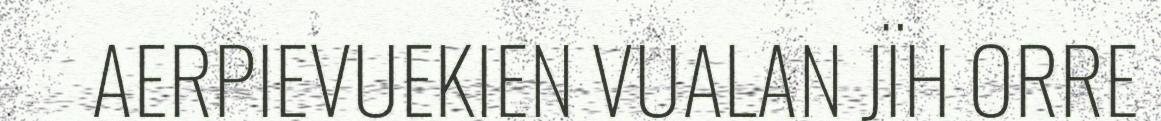
AERPIEVUEKIEN VUALAN JÏH ORRE